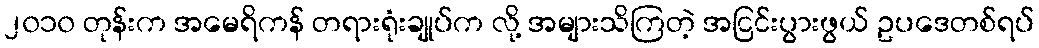
၂၀၁၀ တုန်းက အမေရိကန် တရားရုံးချုပ်က လို့ အများသိကြတဲ့ အငြင်းပွားဖွယ် ဥပဒေတစ်ရပ်